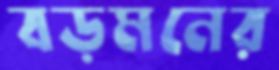
বড়মনের